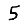
Digit: 5